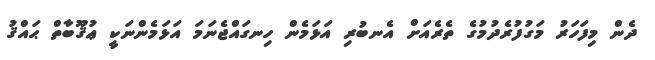
ދެން މިފަހަރު މަގުފުރެދުމުގެ ތެރެއަށް އެނބުރި އަޅަމެން ހިނގައްޖެނަމަ އަޅަމެންނަކީ ޢުޤޫބާތް ޙައްޤު